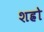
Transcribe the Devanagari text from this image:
शह्रो